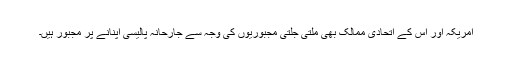
امریکہ اور اس کے اتحادی ممالک بھی ملتی جلتی مجبوریوں کی وجہ سے جارحانہ پالیسی اپنانے پر مجبور ہیں۔